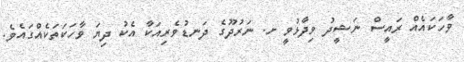
ވާހަކައެއް ރައީސް ނަޝީދު ވިދާޅުވީ ށ. ނަރުދޫގެ ދަނޑުވެރިއަކާ އެކު ދިޔަ ވާހަކަތަކެއްގައެވެ.